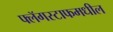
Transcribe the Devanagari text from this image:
फ्लॅगस्टाफमधील